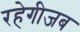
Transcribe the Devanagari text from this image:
रहेगीजब